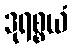
ဒုရစ္စယံ